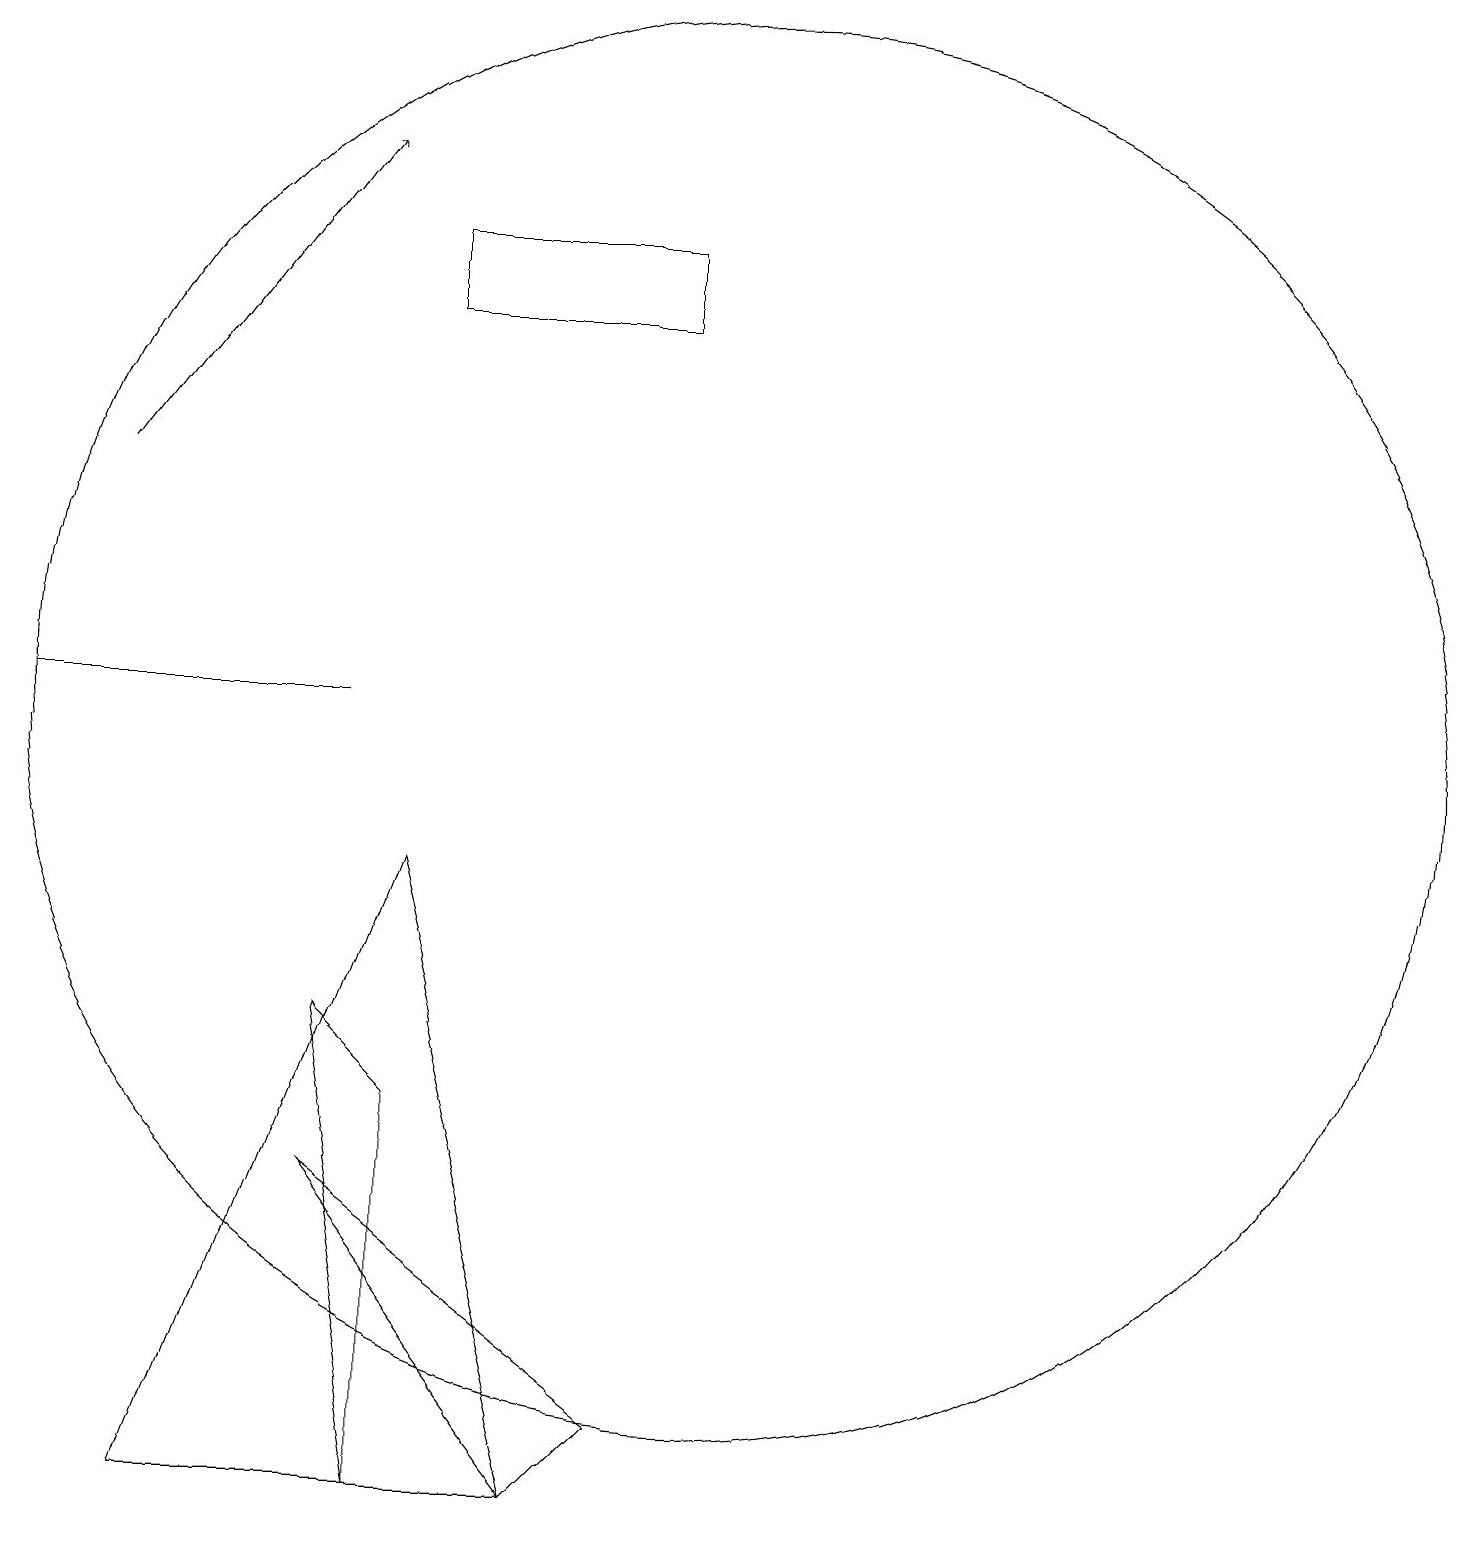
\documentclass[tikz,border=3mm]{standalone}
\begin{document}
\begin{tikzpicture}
\draw (5,6) -- (6,5) -- (6,0) -- cycle;
\draw (5,10) rectangle (1,10);
\draw[->] (2,13) -- (5,17);
\draw (10,10) circle (9);
\draw (9,15) rectangle (6,16);
\draw (8,0) -- (9,1) -- (5,4) -- cycle;
\draw (8,0) -- (3,0) -- (6,8) -- cycle;
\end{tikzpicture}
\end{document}